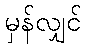
မှန်လျှင်